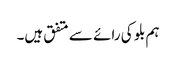
ہم بلو کی رائے سے متفق ہیں۔